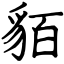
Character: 貊